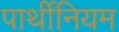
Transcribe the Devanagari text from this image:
पार्थीनियम